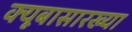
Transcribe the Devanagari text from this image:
क्यूबासारख्या